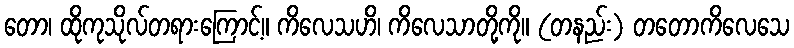
တော၊ ထိုကုသိုလ်တရားကြောင့်။ ကိလေသဟိ၊ ကိလေသာတို့ကို။ (တနည်း) တတောကိလေသေ